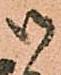
御